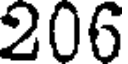
206